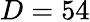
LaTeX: D=54